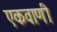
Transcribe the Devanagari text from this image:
एकवाणी